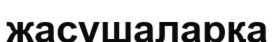
жасушаларқа